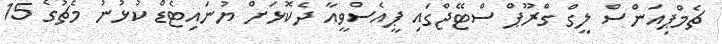
ޗެމްޕިއަންސް ލީގް ގްރޫޕް ސްޓޭޖްގައި ޕީއެސްވީއާ ދެކޮޅަށް ޔުނައިޓެޑް ކުޅުނު މެޗުގެ 15